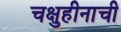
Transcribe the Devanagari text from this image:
चक्षुहीनाची